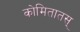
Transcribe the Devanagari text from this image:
कोमितातस्